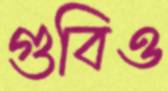
গুবিও